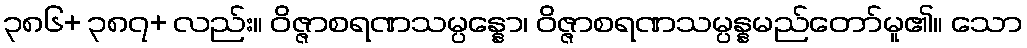
၃၈၆+ ၃၈၇+ လည်း။ ဝိဇ္ဇာစရဏသမ္ပန္နော၊ ဝိဇ္ဇာစရဏသမ္ပန္နမည်တော်မူ၏။ သော